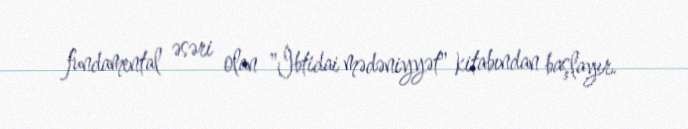
fundamental əsəri olan "İbtidai mədəniyyət" kitabından başlayır.